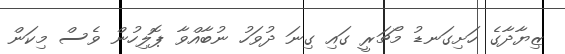
ޒިޔާދާގެ ހަށިގަނޑު މޯޗަރީ ގައި ގިނަ ދުވަހު ނުބާއްވާ ޕޮލިހުން ވެސް މިކަން